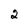
Character: 2